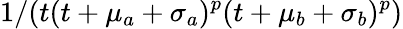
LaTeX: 1/(t(t+\mu_{a}+\sigma_{a})^{p}(t+\mu_{b}+\sigma_{b})^{p})